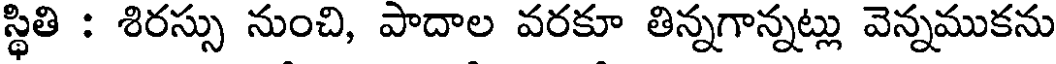
స్థితి : శిరస్సు నుంచి, పాదాల వరకూ తిన్నగాన్నట్లు వెన్నముకను